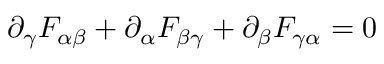
\partial _ { \gamma } F _ { \alpha \beta } + \partial _ { \alpha } F _ { \beta \gamma } + \partial _ { \beta } F _ { \gamma \alpha } = 0